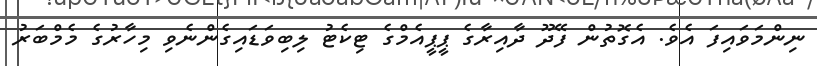
ނިންމަވައިފަ އެވެ. އެގޮތުން ފޭދޫ ދާއިރާގެ ޕީޕީއެމްގެ ޓިކެޓު ލިބިވަޑައިގެންނެވި މިހާރުގެ މެމްބަރު